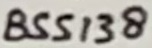
Text: BSS138